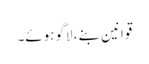
قوانین بنے، لاگو ہوئے۔